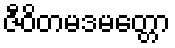
ဇီဝိတမဒမတ္တော